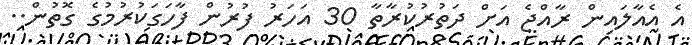
އެ އެއާލައިން ރާއްޖެ އަށް ދަތުރުކުރާތާ 30 އަހަރު ފުރުން ފާހަގަކުރުމުގެ ގޮތުން..